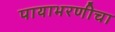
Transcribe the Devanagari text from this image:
पायाभरणीचा